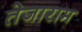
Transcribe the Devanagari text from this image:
तेजाराम